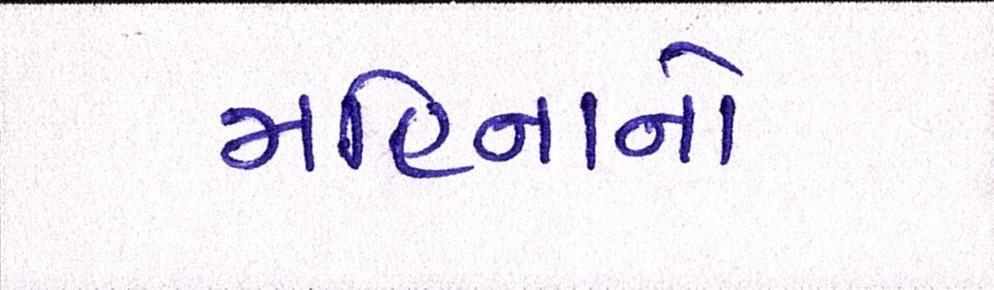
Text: મહિનાનો